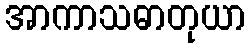
အာကာသဓာတုယာ